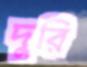
দুরি